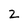
Character: z